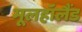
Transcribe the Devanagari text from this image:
मूलहॉलैंड